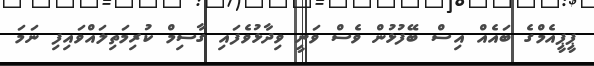
ޕީޕީއެމްގެ ބައެއް އިސް ބޭފުޅުން ވެސް ވަނީ ވިދާޅުވެފައި ގާސިމް ކުރިމަތިލައްވައިފި ނަމަ